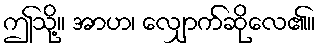
ဤသို့။ အာဟ၊ လျှောက်ဆိုလေ၏။